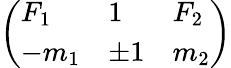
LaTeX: \left(\begin{array}{lll}{F_{1}}&{1}&{F_{2}}\\ {-m_{1}}&{\pm 1}&{m_{2}}\end{array}\right)